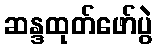
ဆန္ဒထုတ်ဖော်ပွဲ